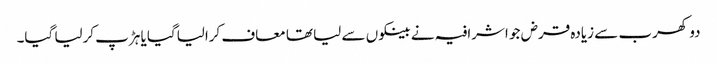
دو کھرب سے زیادہ قرض جو اشرافیہ نے بینکوں سے لیا تھا معاف کرالیاگیا یا ہڑپ کرلیا گیا۔